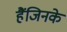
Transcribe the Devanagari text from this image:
हैंजिनके